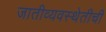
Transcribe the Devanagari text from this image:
जातीव्यवस्थेतीची